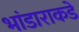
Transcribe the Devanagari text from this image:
भांडाराकडे